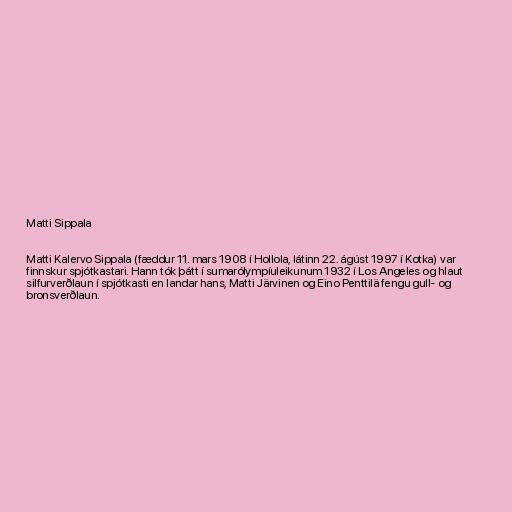
Matti Sippala

Matti Kalervo Sippala (fæddur 11. mars 1908 í Hollola, látinn 22. ágúst 1997 í Kotka) var
finnskur spjótkastari. Hann tók þátt í sumarólympíuleikunum 1932 í Los Angeles og hlaut
silfurverðlaun í spjótkasti en landar hans, Matti Järvinen og Eino Penttilä fengu gull- og
bronsverðlaun.